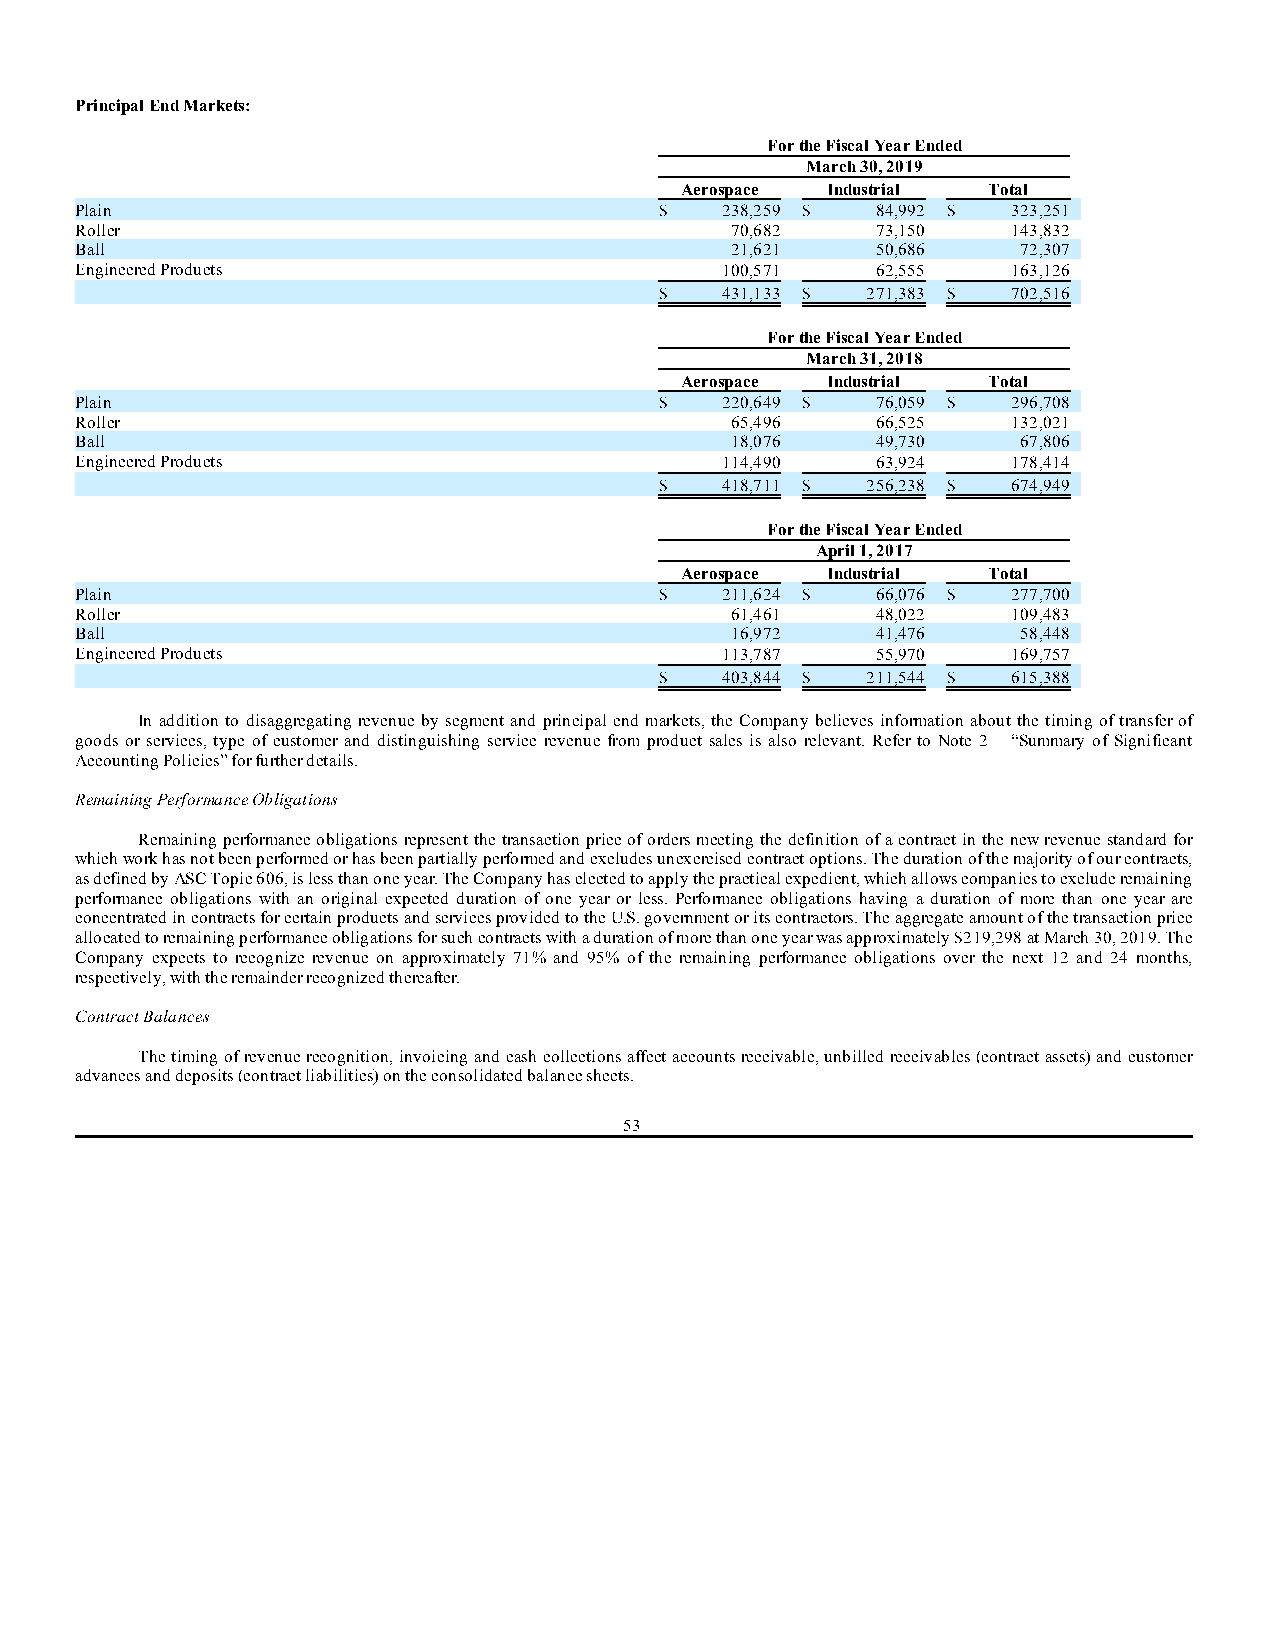
Principal End Markets:
 For the Fiscal Year Ended
 March 30, 2019
 Aerospace Industrial Total
 Plain                                  $   238,259 $ 84,992 $ 323,251
 Roller                                     70,682    73,150   143,832
 Ball                                       21,621    50,686    72,307
 Engineered Products                        100,571   62,555   163,126
 $   431,133 $ 271,383 $ 702,516
 For the Fiscal Year Ended
 March 31, 2018
 Aerospace Industrial Total
 Plain                                  $   220,649 $ 76,059 $ 296,708
 Roller                                     65,496    66,525   132,021
 Ball                                       18,076    49,730    67,806
 Engineered Products                        114,490   63,924   178,414
 $   418,711 $ 256,238 $ 674,949
 For the Fiscal Year Ended
 April 1, 2017
 Aerospace Industrial Total
 Plain                                  $   211,624 $ 66,076 $ 277,700
 Roller                                     61,461    48,022   109,483
 Ball                                       16,972    41,476    58,448
 Engineered Products                        113,787   55,970   169,757
 $   403,844 $ 211,544 $ 615,388
 In addition to disaggregating revenue by segment and principal end markets, the Company believes information about the timing of transfer of
 goods or services, type of customer and distinguishing service revenue from product sales is also relevant. Refer to Note 2 – “Summary of Significant
 Accounting Policies” for further details.
 Remaining Performance Obligations
 Remaining performance obligations represent the transaction price of orders meeting the definition of a contract in the new revenue standard for
 which work has not been performed or has been partially performed and excludes unexercised contract options. The duration of the majority of our contracts,
 as defined by ASC Topic 606, is less than one year. The Company has elected to apply the practical expedient, which allows companies to exclude remaining
 performance obligations with an original expected duration of one year or less. Performance obligations having a duration of more than one year are
 concentrated in contracts for certain products and services provided to the U.S. government or its contractors. The aggregate amount of the transaction price
 allocated to remaining performance obligations for such contracts with a duration of more than one year was approximately $219,298 at March 30, 2019. The
 Company expects to recognize revenue on approximately 71% and 95% of the remaining performance obligations over the next 12 and 24 months,
 respectively, with the remainder recognized thereafter.
 Contract Balances
 The timing of revenue recognition, invoicing and cash collections affect accounts receivable, unbilled receivables (contract assets) and customer
 advances and deposits (contract liabilities) on the consolidated balance sheets.
 53